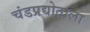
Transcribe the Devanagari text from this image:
चंडप्रद्योताला